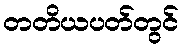
တတိယပတ်တွင်